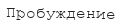
Пробуждение